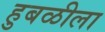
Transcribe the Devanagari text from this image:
हुबळीला